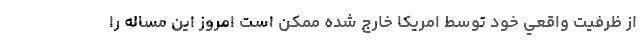
از ظرفيت واقعي خود توسط امريكا خارج شده ممكن است امروز اين مساله را